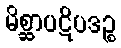
မိစ္ဆာပဋိပဒဉ္စ